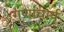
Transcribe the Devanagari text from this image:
गणाचार्य